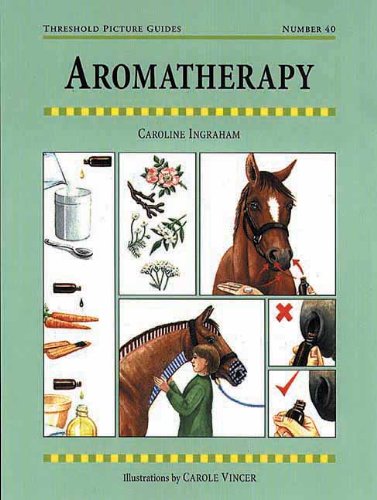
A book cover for Aromatherapy for Horses (Threshold Picture Guides); Caroline Ingraham; Health, Fitness & Dieting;